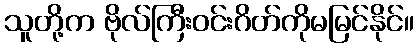
သူတို့က ဗိုလ်ကြီးဝင်းဂိတ်ကိုမမြင်နိုင်။